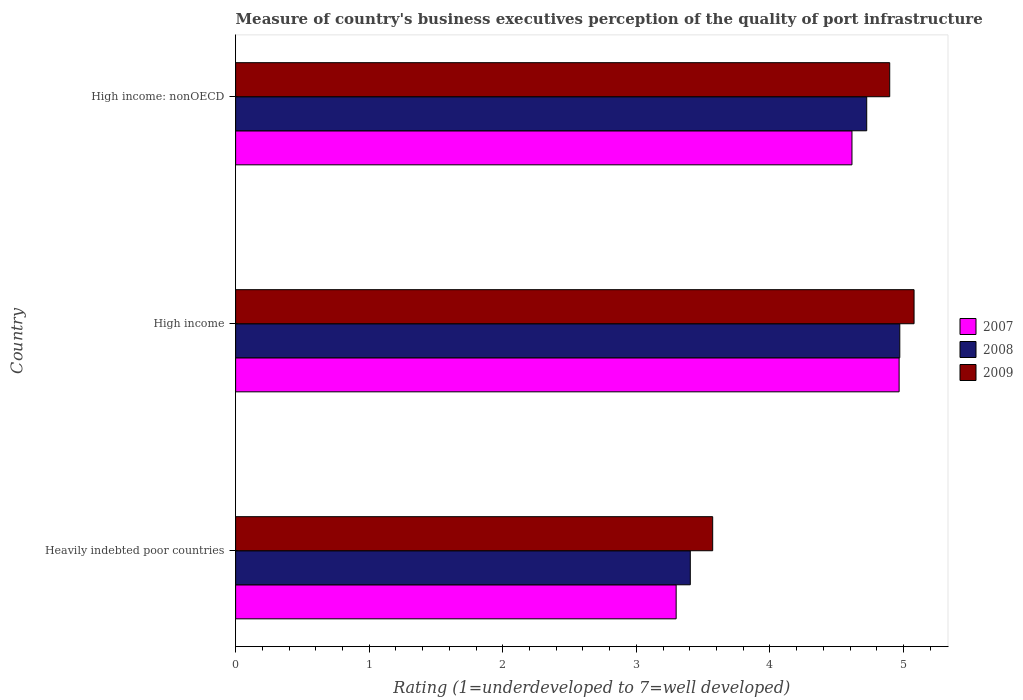
| Country | 2007 | 2008 | 2009 |
 | --- | --- | --- | --- |
 | Heavily indebted poor countries | 3.3 | 3.4 | 3.57 |
 | High income | 4.97 | 4.97 | 5.08 |
 | High income: nonOECD | 4.61 | 4.72 | 4.9 |